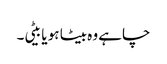
چاہے وہ بیٹا ہو یا بیٹی۔